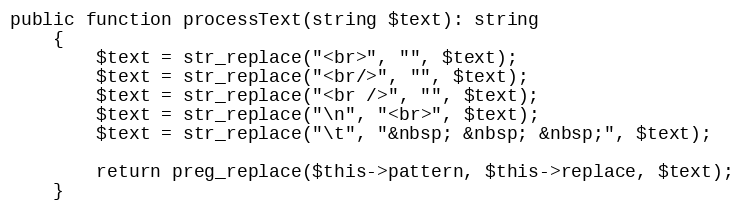
Language: PHP
public function processText(string $text): string
    {
        $text = str_replace("<br>", "", $text);
        $text = str_replace("<br/>", "", $text);
        $text = str_replace("<br />", "", $text);
        $text = str_replace("\n", "<br>", $text);
        $text = str_replace("\t", "&nbsp; &nbsp; &nbsp;", $text);

        return preg_replace($this->pattern, $this->replace, $text);
    }